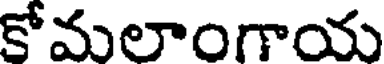
కోమలాంగాయ